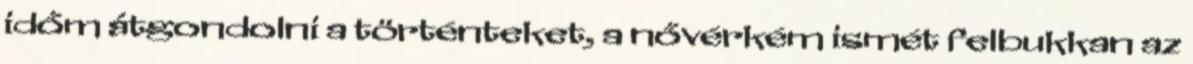
időm átgondolni a történteket, a nővérkém ismét felbukkan az